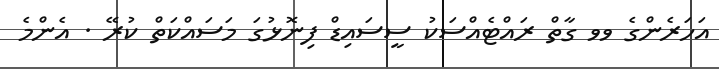
އަހަރެންގެ ވވ ގާތް ރައްޓެއްސަކު ސީސައިޑް ފިނޮޅުގަ މަސައްކަތް ކުރޭ . އެންމެ